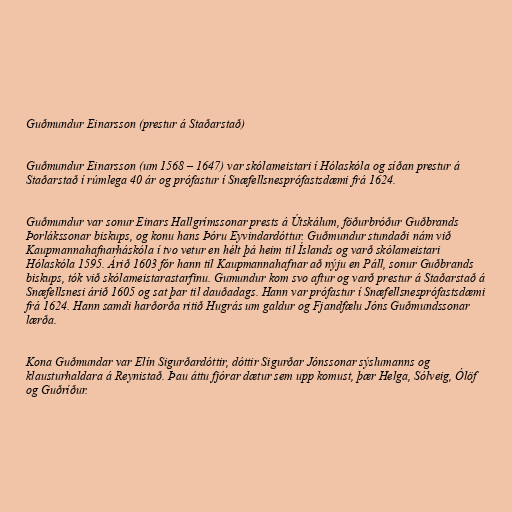
Guðmundur Einarsson (prestur á Staðarstað)

Guðmundur Einarsson (um 1568 – 1647) var skólameistari í Hólaskóla og síðan prestur á
Staðarstað í rúmlega 40 ár og prófastur í Snæfellsnesprófastsdæmi frá 1624.

Guðmundur var sonur Einars Hallgrímssonar prests á Útskálum, föðurbróður Guðbrands
Þorlákssonar biskups, og konu hans Þóru Eyvindardóttur. Guðmundur stundaði nám við
Kaupmannahafnarháskóla í tvo vetur en hélt þá heim til Íslands og varð skólameistari
Hólaskóla 1595. Árið 1603 fór hann til Kaupmannahafnar að nýju en Páll, sonur Guðbrands
biskups, tók við skólameistarastarfinu. Gumundur kom svo aftur og varð prestur á Staðarstað á
Snæfellsnesi árið 1605 og sat þar til dauðadags. Hann var prófastur í Snæfellsnesprófastsdæmi
frá 1624. Hann samdi harðorða ritið Hugrás um galdur og Fjandfælu Jóns Guðmundssonar
lærða.

Kona Guðmundar var Elín Sigurðardóttir, dóttir Sigurðar Jónssonar sýslumanns og
klausturhaldara á Reynistað. Þau áttu fjórar dætur sem upp komust, þær Helga, Sólveig, Ólöf
og Guðríður.